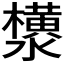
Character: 𬉟